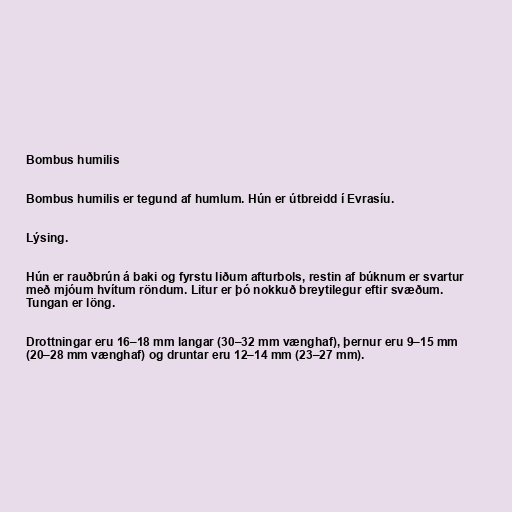
Bombus humilis

Bombus humilis er tegund af humlum. Hún er útbreidd í Evrasíu.

Lýsing.

Hún er rauðbrún á baki og fyrstu liðum afturbols, restin af búknum er svartur
með mjóum hvítum röndum. Litur er þó nokkuð breytilegur eftir svæðum.
Tungan er löng.

Drottningar eru 16–18 mm langar (30–32 mm vænghaf), þernur eru 9–15 mm
(20–28 mm vænghaf) og druntar eru 12–14 mm (23–27 mm).